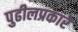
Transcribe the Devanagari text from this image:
पुढीलप्रकारे